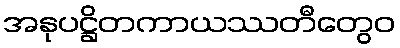
အနုပဋ္ဌိတကာယဿတီတွေဝ